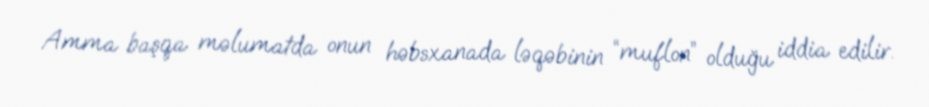
Amma başqa məlumatda onun həbsxanada ləqəbinin “muflon” olduğu iddia edilir.